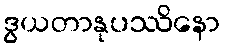
ဒွယတာနုပဿိနော